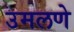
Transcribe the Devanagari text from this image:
उमलणे